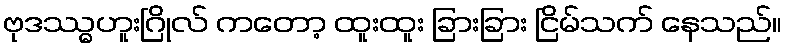
ဗုဒဿ္ဓဟူးဂြိုလ် ကတော့ ထူးထူး ခြားခြား ငြိမ်သက် နေသည်။